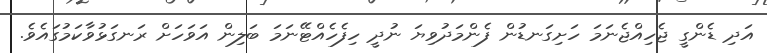
އަދި ޑެންގީ ޖެހިއްޖެނަަމަ ހަށިގަނޑުން ފެންމަދުވިޔަ ނުދީ ހިފެހެއްޓޭނަމަ ބަލިން އަވަހަށް ރަނގަޅުވާކަމުގައެވެ.